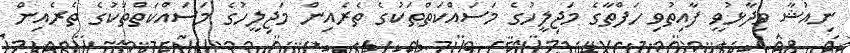
ނިއުޝާ ވިދާޅުވީ ފާއިތުވި ހަފްތާގެ މަޖިލީހުގެ މަސައްކަތްތަކުގެ ތެރެއިން މަޖިލީހުގެ މަސައްކަތްތަކުގެ ތެރެއިން